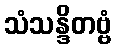
သံသန္ဒိတဗ္ဗံ